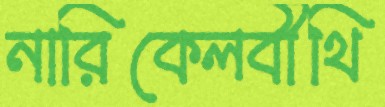
নারিকেলবীথি